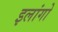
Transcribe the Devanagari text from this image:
इलांगो